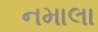
નમાલા